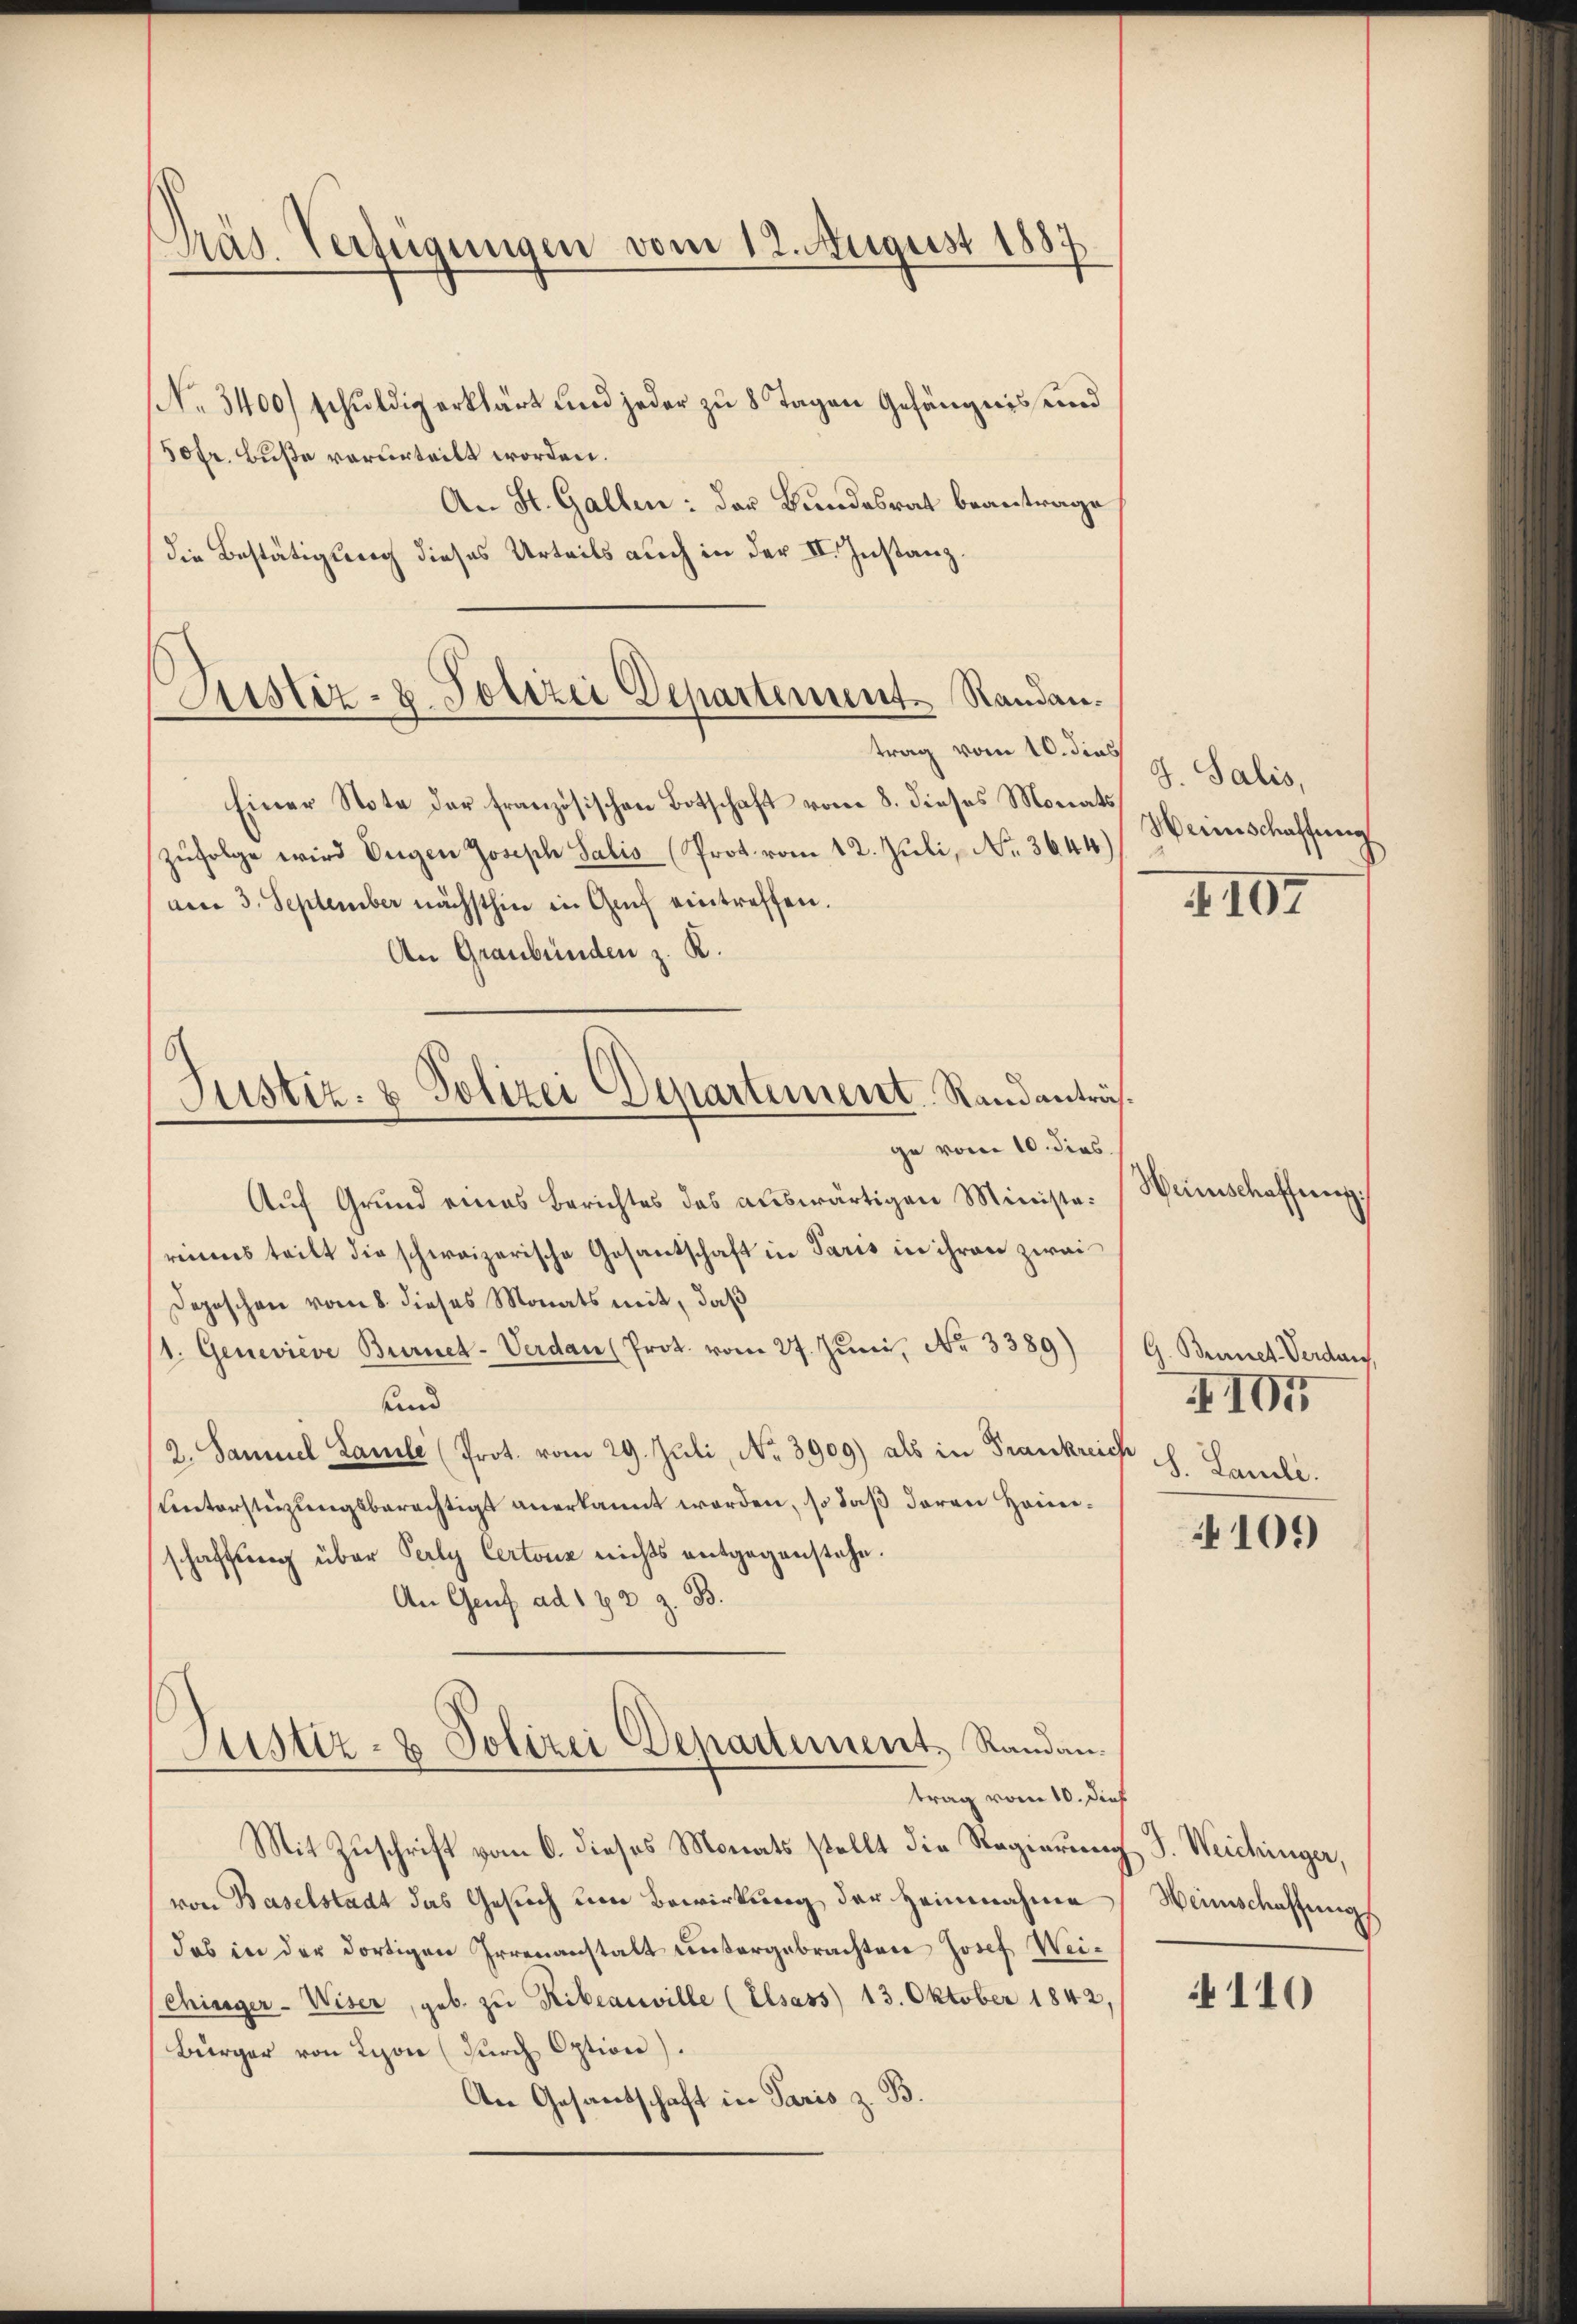
Präs. Verfügungen vom 12. August 1887

Justiz- & Polizei Departement Randan¬

No. 3400) schuldig erklärt und jeder zu 8 Tagen Gefängnis und
50fr. Buße verurteilt worden.
An St. Gallen: der Bundesrat beantrage,
die Bestätigung dieses Urteils auch in der II. Instanz.
trag vom 10. dies
Einer Note der französischen Botschaft vom 8. dieses Monats,
zŭfolge wird Eugen Joseph Salis (Prot. vom 12. Juli, No. 3644.
den 3. September nächsthin in Aŭf eintreffen.
An Graubünden z. R.
Justiz- & Polizei Departement Randanträsge von 10. dies.
Auf Grund eines Berichtes das auswärtigen Ministereines teilt die schweizerische Gesantschaft in Paris in ihren zwai
Depeschen vom 8. dieses Monats mit, daß
(1. Geneviève Burneh-Verdan (Prot. vom 27. Juni, No 3389)
und
2. Sammel Landle (Prot. vom 29. Juli, No. 3909) als in Frankreiche
Unterstüzungsberechtigt anerkannt worden, so daß deren Heinischaffung über Perly Certonz nichts entgegenstehe.
An Genf ad 172 z. B.

Justiz- & Polizei Departement, Randan-
trag vom 10. dies

Mit Zuschrift vom 6. dieses Monats stellt die Regierung J. Weichinger,
von Baselstadt das Gesuch um Bewirkung der Heimnahme
das in der dortigen Irrenanstalt untergebrachten Josef Wei¬
Chissger-Wiser, geb. zu Ribeauville (Elsass) 13. Oktober 1842.
Bürger von Lyon (durch Option).
An Gesandschaft in Paris z. B.

J. Salis,
Heinschaffung

4107

Veinschaffung

G. Brunnes Verdan
4105
S. Pauli.

100)

Weinschaffung

110